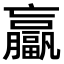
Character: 𫢄